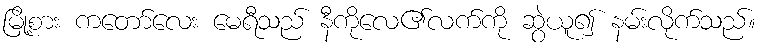
မြို့စား ကတော်လေး မေရီသည် နီကိုလေ၏လက်ကို ဆွဲယူ၍ နမ်းလိုက်သည်။